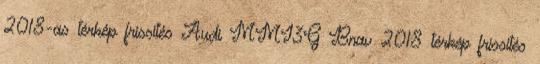
2018-as térkép frissítés Audi MMI3G Bnav 2018 térkép frissítés